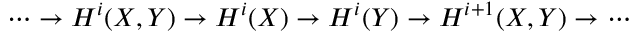
\cdots \to H ^ { i } ( X , Y ) \to H ^ { i } ( X ) \to H ^ { i } ( Y ) \to H ^ { i + 1 } ( X , Y ) \to \cdots